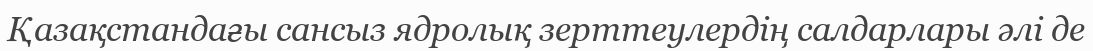
Қазақстандағы сансыз ядролық зерттеулердің салдарлары әлі де